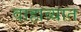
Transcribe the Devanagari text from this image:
वाहाव्यात